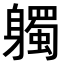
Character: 𨊒